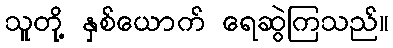
သူတို့ နှစ်ယောက် ရေဆွဲကြသည်။